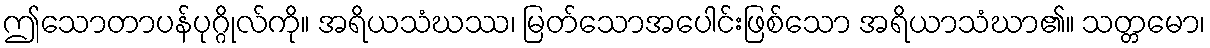
ဤသောတာပန်ပုဂ္ဂိုလ်ကို။ အရိယသံဃဿ၊ မြတ်သောအပေါင်းဖြစ်သော အရိယာသံဃာ၏။ သတ္တမော၊